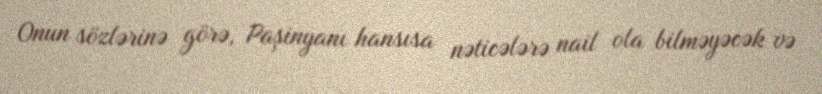
Onun sözlərinə görə, Paşinyanı hansısa nəticələrə nail ola bilməyəcək və